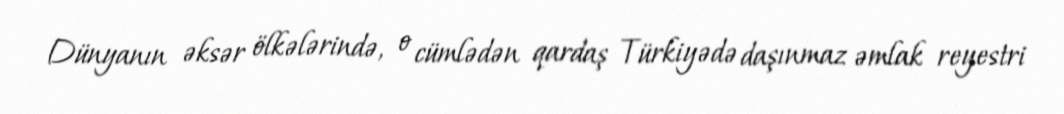
Dünyanın əksər ölkələrində, o cümlədən qardaş Türkiyədə daşınmaz əmlak reyestri